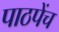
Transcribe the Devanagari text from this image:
पाठपेंच